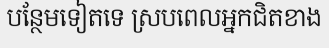
បន្ថែមទៀតទេ ស្របពេលអ្នកជិតខាង